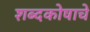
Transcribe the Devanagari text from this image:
शब्दकोषाचे